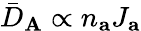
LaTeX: \bar{D}_{\mathbf{A}}\propto n_{\mathbf{a}}J_{\mathbf{a}}